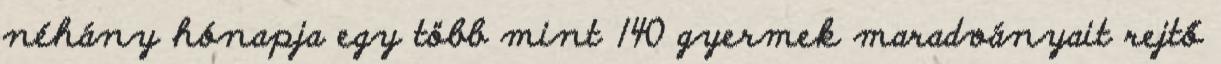
néhány hónapja egy több mint 140 gyermek maradványait rejtő